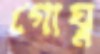
গোঘ্ন